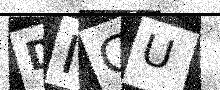
Text: DICU